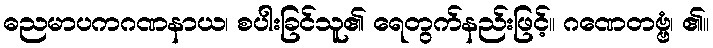
ဓညမာပကဂဏနာယ၊ စပါးခြင်သူ၏ ရေတွက်နည်းဖြင့်။ ဂဏေတဗ္ဗံ၊ ၏။